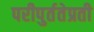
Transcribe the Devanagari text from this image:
परीपुर्ततेप्रती